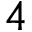
4